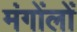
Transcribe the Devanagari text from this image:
मंगोंलों